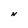
Character: N